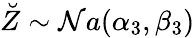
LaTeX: \breve{Z}\sim{\mathcal Na}(\alpha_{3},\beta_{3})